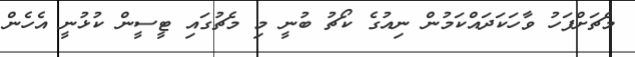
މެޗަށްފަހު ވާހަކަދައްކަމުން ނިއުގެ ކޯޗު ބުނީ މި މެޗުގައި ޓީސީން ކުޅުނީ އެހެން